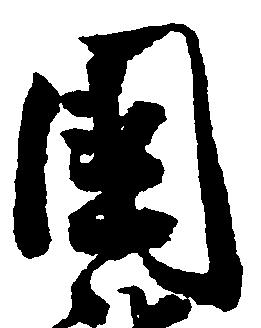
国